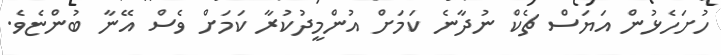
ހުށަހެޅުން އަޔަސް ޗެކް ނުދާނެ ކަމަށް އުންމީދުކުރާ ކަމަށް ވެސް އޭނާ ބުންޏެވެ.